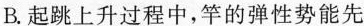
B.起跳上升过程中，竿的弹性势能先